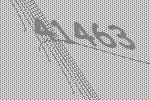
41463